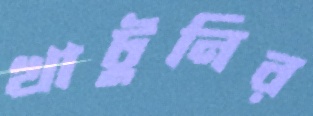
খাটুনির